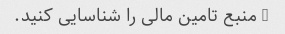
5 منبع تامین مالی را شناسایی کنید.